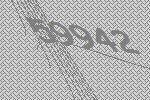
59942